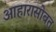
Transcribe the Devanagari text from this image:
आहारासोबत